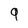
Character: q